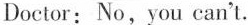
Doctor: No, you can't.